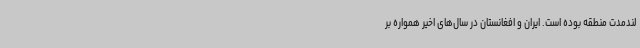
لندمدت منطقه بوده است. ایران و افغانستان در سال‌های اخیر همواره بر